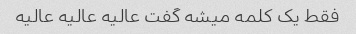
فقط یک کلمه میشه گفت عالیه عالیه عالیه